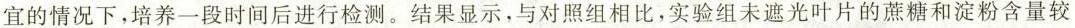
宜的情况下，培养一段时间后进行检测。结果显示，与对照组相比，实验组未遮光叶片的蔗糖和淀粉含量较